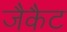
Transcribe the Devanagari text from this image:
जैकैट